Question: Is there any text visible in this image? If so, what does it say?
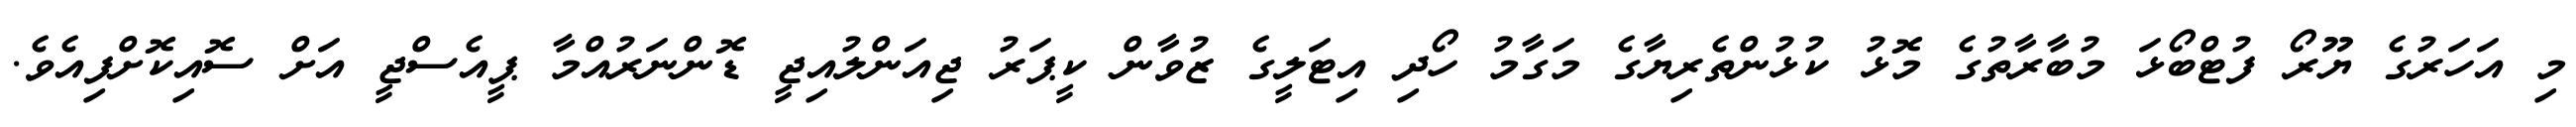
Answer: މި އަހަރުގެ ޔޫރޯ ފުޓްބޯޅަ މުބާރާތުގެ މޮޅު ކުޅުންތެރިޔާގެ މަގާމު ހޯދި އިޓަލީގެ ޒުވާން ކީޕަރު ޖިއަންލުއިޖީ ޑޮންނަރުއްމާ ޕީއެސްޖީ އަށް ސޮއިކޮށްފިއެވެ.